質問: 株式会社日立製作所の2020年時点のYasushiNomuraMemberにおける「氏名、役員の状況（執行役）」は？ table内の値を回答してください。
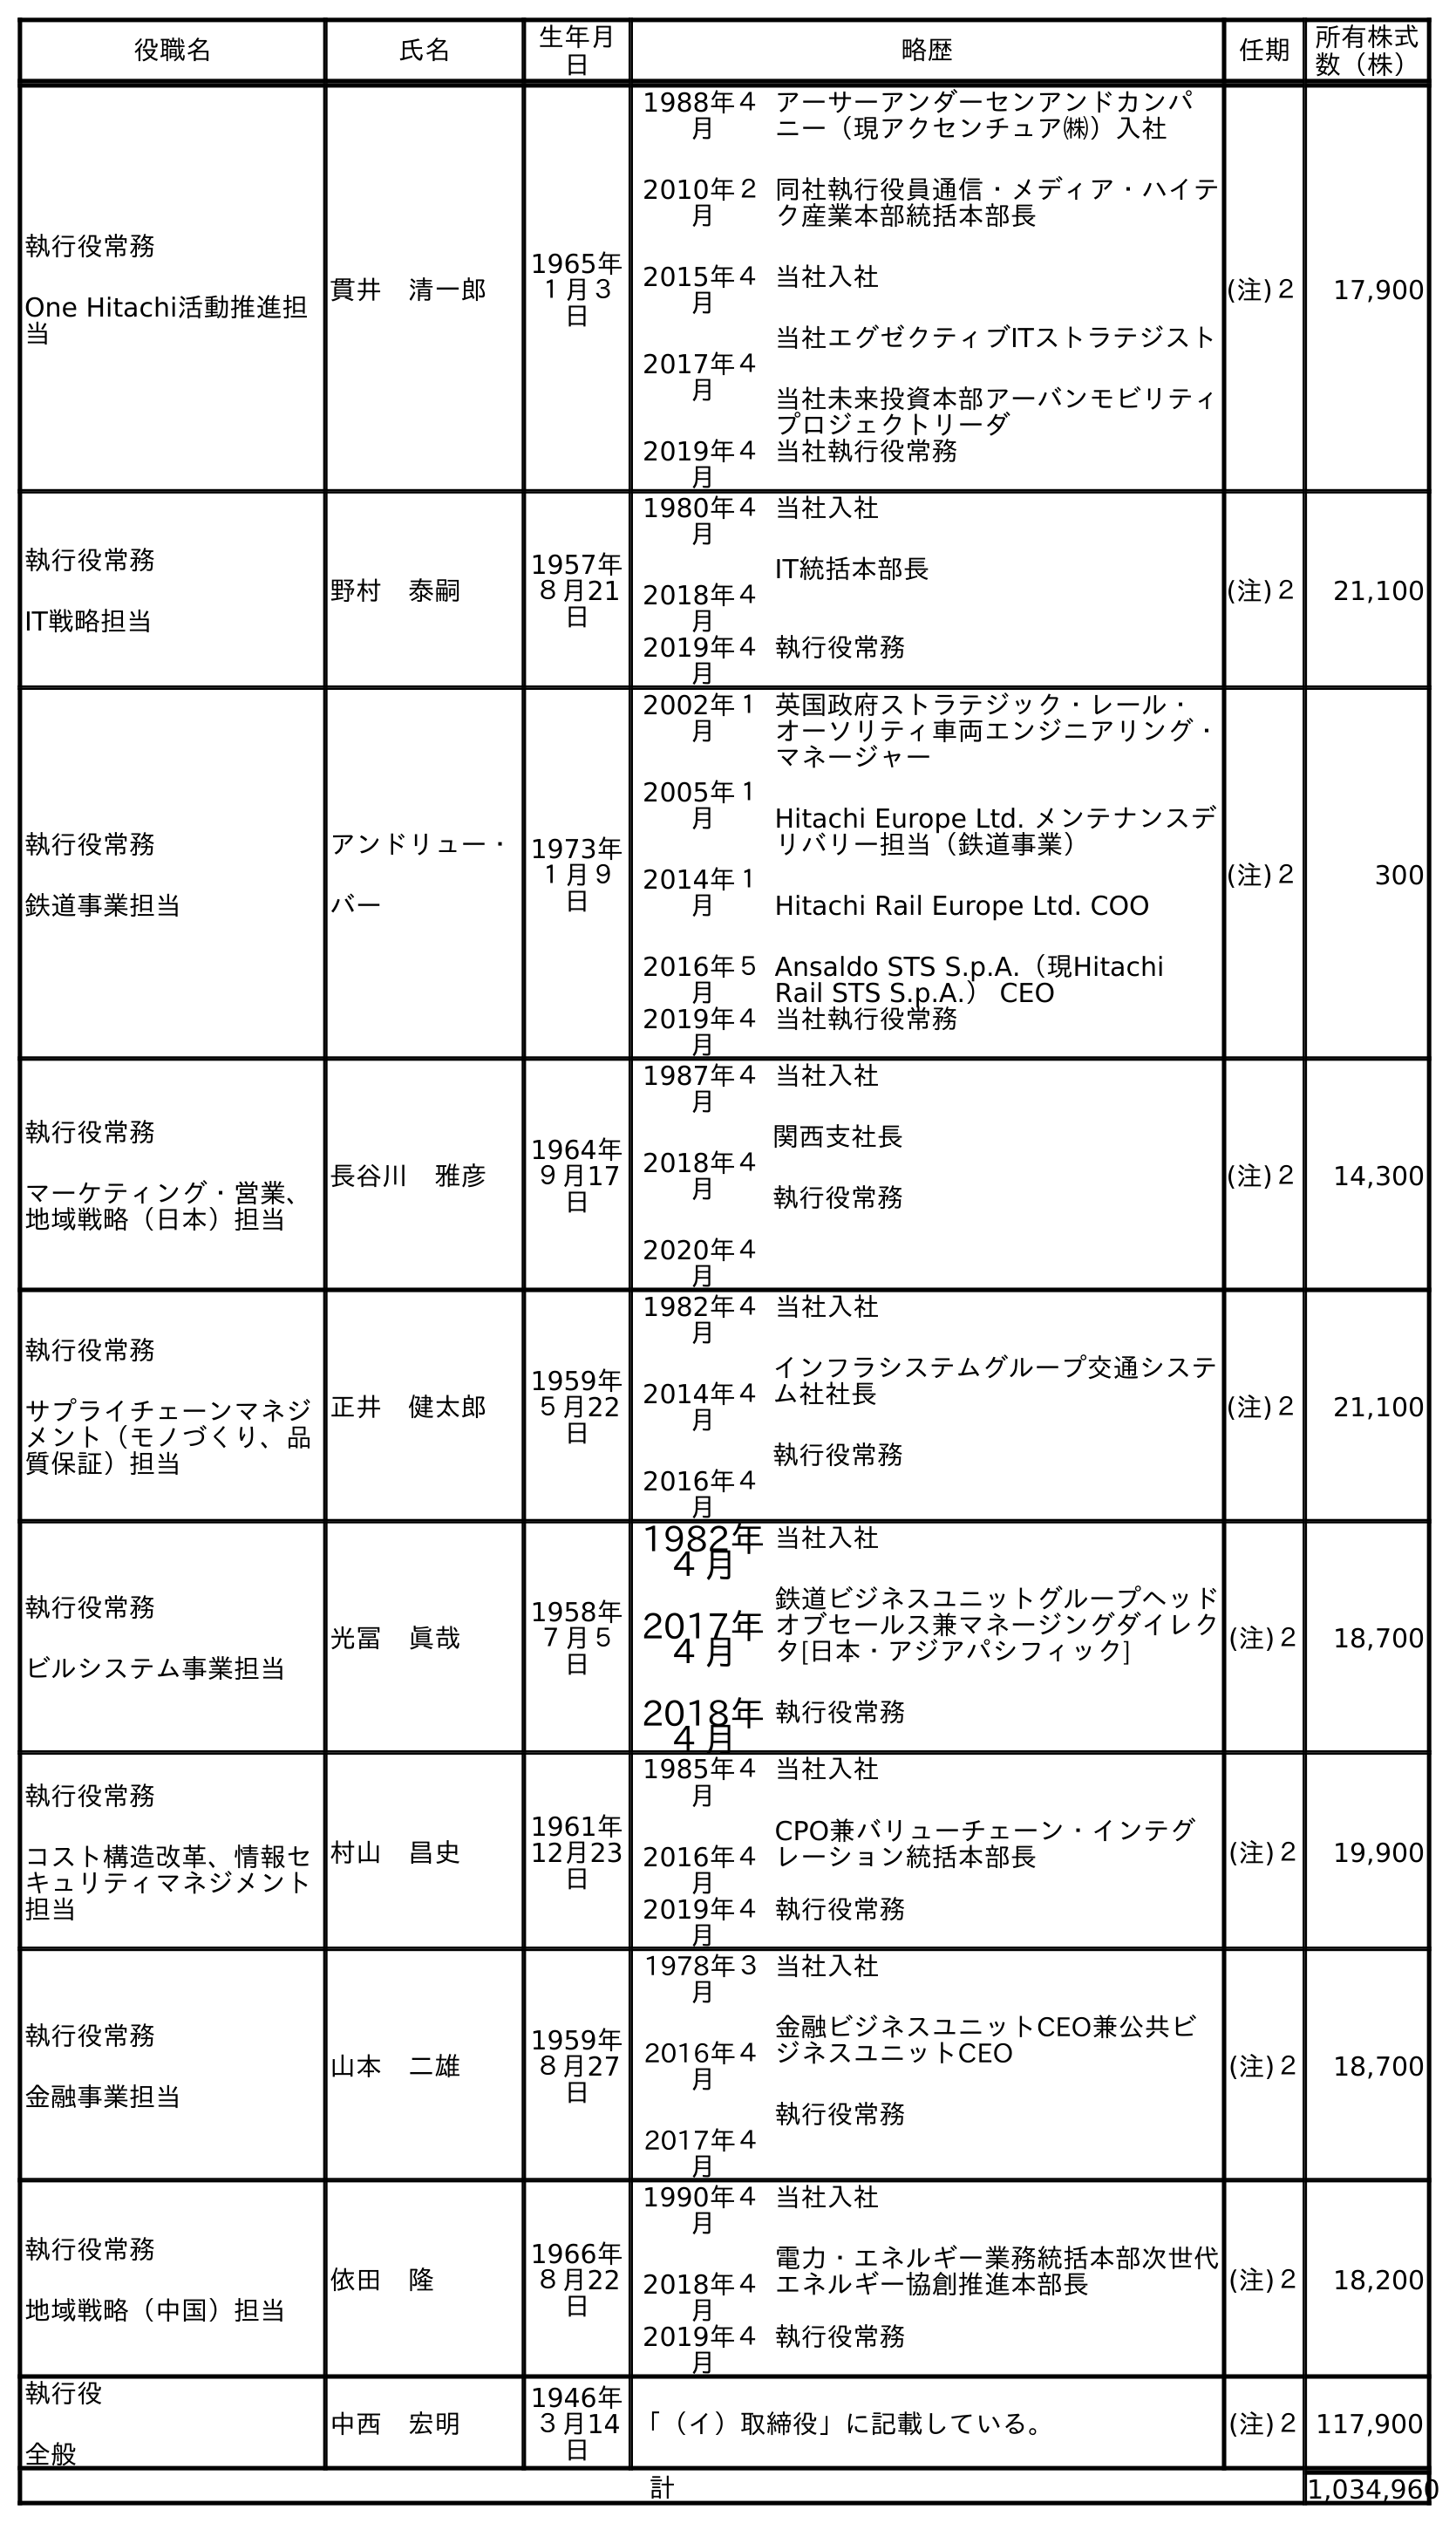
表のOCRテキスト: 役職名 氏名 生年月 日 略歴 任期 所有株式 数（株） 執行役常務 One Hitachi活動推進担 当 貫井 清一郎 1965年 １月３ 日 1988年４ 月 2010年２ 月 2015年４ 月 2017年４ 月 アーサーアンダーセンアンドカンパ ニー（現アクセンチュア㈱）入社 同社執行役員通信・メディア・ハイテ ク産業本部統括本部長 当社入社 当社エグゼクティブITストラテジスト 当社未来投資本部アーバンモビリティ プロジェクトリーダ 2019年４ 月 当社執行役常務 (注)２ 17,900 執行役常務 IT戦略担当 野村 泰嗣 1957年 ８月21 日 1980年４ 月 2018年４ 月 当社入社 IT統括本部長 2019年４ 月 執行役常務 (注)２ 21,100 執行役常務 鉄道事業担当 アンドリュー・ バー 1973年 １月９ 日 2002年１ 月 2005年１ 月 2014年１ 月 2016年５ 月 英国政府ストラテジック・レール・ オーソリティ車両エンジニアリング・ マネージャー Hitachi Europe Ltd. メンテナンスデ リバリー担当（鉄道事業） Hitachi Rail Europe Ltd. COO Ansaldo STS S.p.A.（現Hitachi Rail STS S.p.A.） CEO 2019年４ 月 当社執行役常務 (注)２ 300 執行役常務 マーケティング・営業、 地域戦略（日本）担当 長谷川 雅彦 1964年 ９月17 日 1987年４ 月 2018年４ 月 2020年４ 月 当社入社 関西支社長 執行役常務 (注)２ 14,300 執行役常務 サプライチェーンマネジ メント（モノづくり、品 質保証）担当 正井 健太郎 1959年 ５月22 日 1982年４ 月 2014年４ 月 2016年４ 月 当社入社 インフラシステムグループ交通システ ム社社長 執行役常務 (注)２ 21,100 執行役常務 ビルシステム事業担当 光冨 眞哉 1958年 ７月５ 日 1982年 ４月 2017年 ４月 2018年 ４月 当社入社 鉄道ビジネスユニットグループヘッド オブセールス兼マネージングダイレク タ[日本・アジアパシフィック] 執行役常務 (注)２ 18,700 執行役常務 コスト構造改革、情報セ キュリティマネジメント 担当 村山 昌史 1961年 12月23 日 1985年４ 月 2016年４ 月 当社入社 CPO兼バリューチェーン・インテグ レーション統括本部長 2019年４ 月 執行役常務 (注)２ 19,900 執行役常務 金融事業担当 山本 二雄 1959年 ８月27 日 1978年３ 月 2016年４ 月 2017年４ 月 当社入社 金融ビジネスユニットCEO兼公共ビ ジネスユニットCEO 執行役常務 (注)２ 18,700 執行役常務 地域戦略（中国）担当 依田 隆 1966年 ８月22 日 1990年４ 月 2018年４ 月 当社入社 電力・エネルギー業務統括本部次世代 エネルギー協創推進本部長 2019年４ 月 執行役常務 (注)２ 18,200 執行役 全般 中西 宏明 1946年 ３月14 日 「（イ）取締役」に記載している。 (注)２117,900 計 1,034,960
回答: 野村　泰嗣